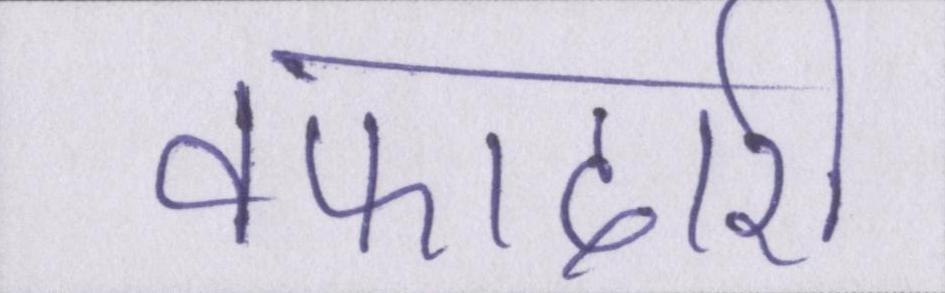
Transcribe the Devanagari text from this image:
वफादारी